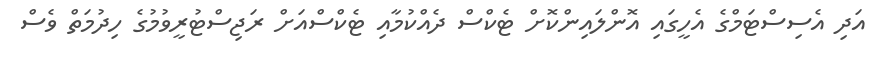
އަދި އެސިސްޓަމްގެ އެހީގައި އޮންލައިންކޮށް ޓެކްސް ދެއްކުމާއި ޓެކްސްއަށް ރަޖިސްޓުރީވުމުގެ ހިދުމަތް ވެސް